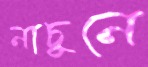
নাচুনে